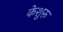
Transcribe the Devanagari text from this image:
केशुरू